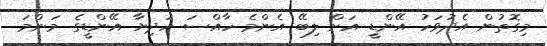
މިގޮތުން އެދުވަހު އޭންޑީ އަށް ލިބޭ އެންމެ ހާއްސަ ހަދިޔާ އޭންޑީގެ މަންމަ